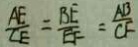
\frac { A E } { C E } = \frac { B E } { E F } = \frac { A B } { C F }